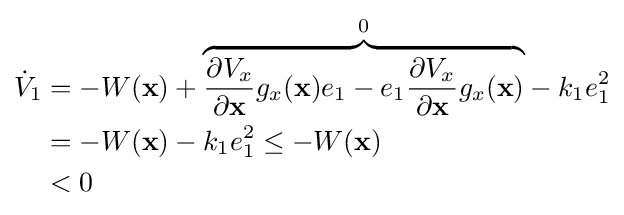
{\begin{aligned}{\dot {V}}_{1}&=-W(\mathbf {x} )+{\mathord {\overbrace {{\frac {\partial V_{x}}{\partial \mathbf {x} }}g_{x}(\mathbf {x} )e_{1}-e_{1}{\frac {\partial V_{x}}{\partial \mathbf {x} }}g_{x}(\mathbf {x} )} ^{0}}}-k_{1}e_{1}^{2}\\&=-W(\mathbf {x} )-k_{1}e_{1}^{2}\leq -W(\mathbf {x} )\\&<0\end{aligned}}